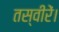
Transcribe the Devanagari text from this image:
तस्वीरें।